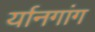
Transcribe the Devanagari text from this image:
र्यानगांग